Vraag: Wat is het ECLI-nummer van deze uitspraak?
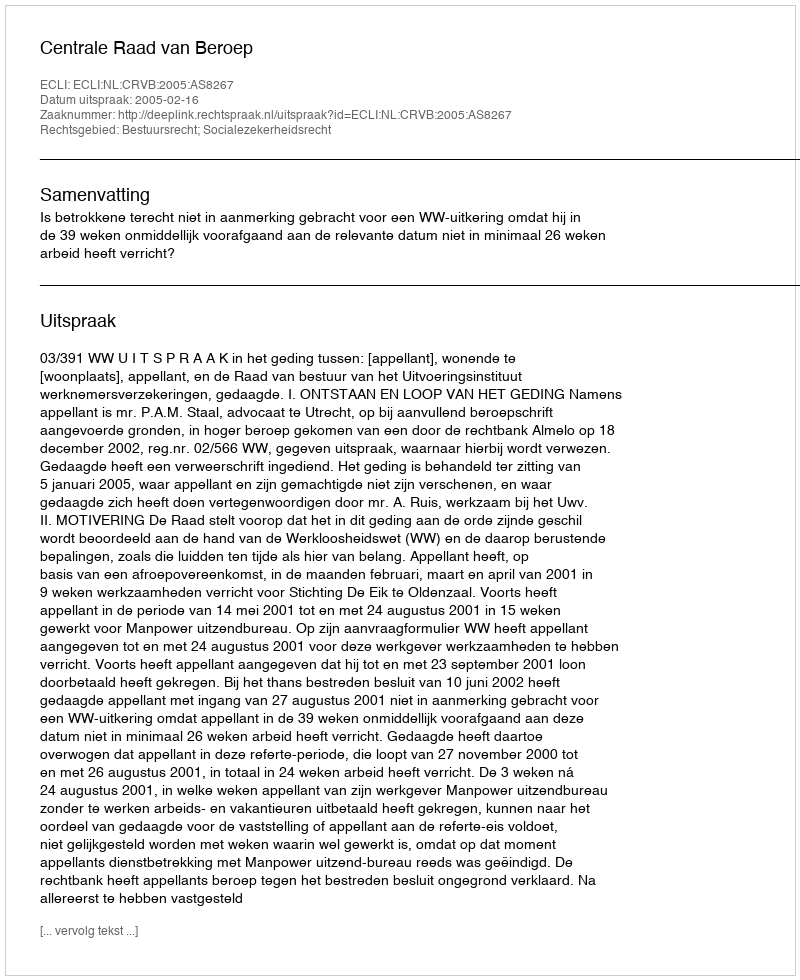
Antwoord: ECLI:NL:CRVB:2005:AS8267